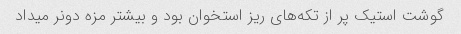
گوشت استیک پر از تکه‌های ریز استخوان بود و بیشتر مزه دونر میداد